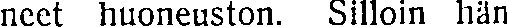
neet huoneuston. Silloin hän